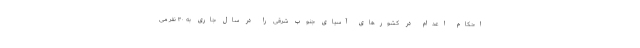
احکام اعدام در کشورهای آسیای جنوب شرقی را در سال جاری به ۳۰ نفر می